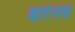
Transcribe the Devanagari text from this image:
बारेनस